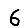
Digit: 6